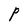
Character: P